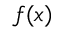
f ( x )